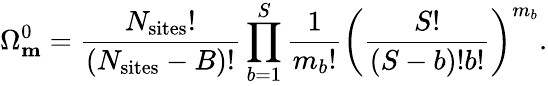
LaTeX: \Omega_{\mathbf{m}}^{0}=\frac{N_{\mathrm{sites}}!}{(N_{\mathrm{sites}}-B)!}\prod_{b=1}^{S}\frac{1}{m_{b}!}\left(\frac{S!}{(S-b)!b!}\right)^{m_{b}}.